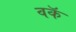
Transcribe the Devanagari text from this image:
वकॅ